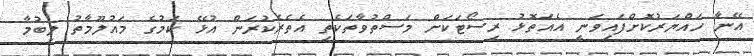
އޭނާ ހައްޔަރުކޮށްފައިވަނީ އެއަތޮޅު ރިސޯޓަކަށް މަސްތުވާތަކެތި އެތެރެކުރަން އުޅޭ ކަމުގެ މައުލޫމާތު ލިބުމާ